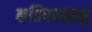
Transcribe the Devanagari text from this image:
कतिपयस्तभु